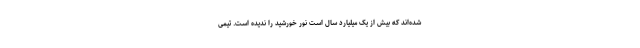
شده‌اند که بیش از یک میلیارد سال است نور خورشید را ندیده است. تیمی